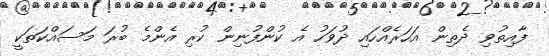
ފާއިތުވި ދެތިން އަހަރެއްހައި ދުވަހު އެ ކުންފުނިން ކުރި އެންމެ ބުރަ މަސައްކަތަކީ